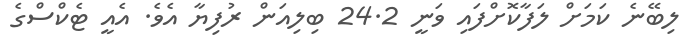
ލިބޭނެ ކަމަށް ލަފާކޮށްފައި ވަނީ 24.2 ބިލިއަން ރުފިޔާ އެވެ. އެއީ ޓެކްސްގެ